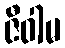
ဇီဝါမ